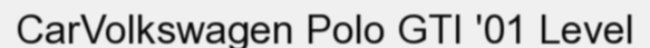
CarVolkswagen Polo GTI '01 Level